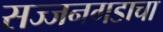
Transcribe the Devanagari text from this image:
सज्जनगडाचा